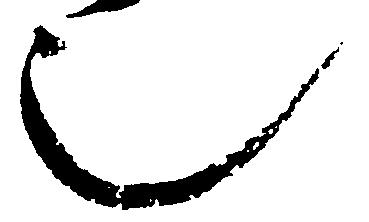
也